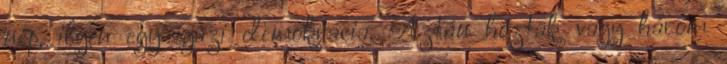
nép, ilyen egy igazi demokrácia. Aztán hoztak vagy három